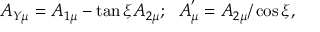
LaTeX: A _ { Y \mu } = A _ { 1 \mu } - \tan { \xi } A _ { 2 \mu } ; ~ ~ A _ { \mu } ^ { ' } = A _ { 2 \mu } / \cos { \xi } ,